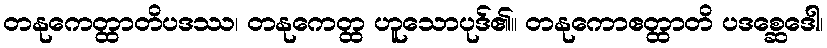
တနုကေတ္ထာတိပဒဿ၊ တနုကေတ္ထ ဟူသောပုဒ်၏။ တနုကောဧတ္ထာတိ ပဒစ္ဆေဒေါ၊